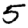
Digit: 5